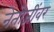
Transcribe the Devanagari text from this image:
नेतोजींवर